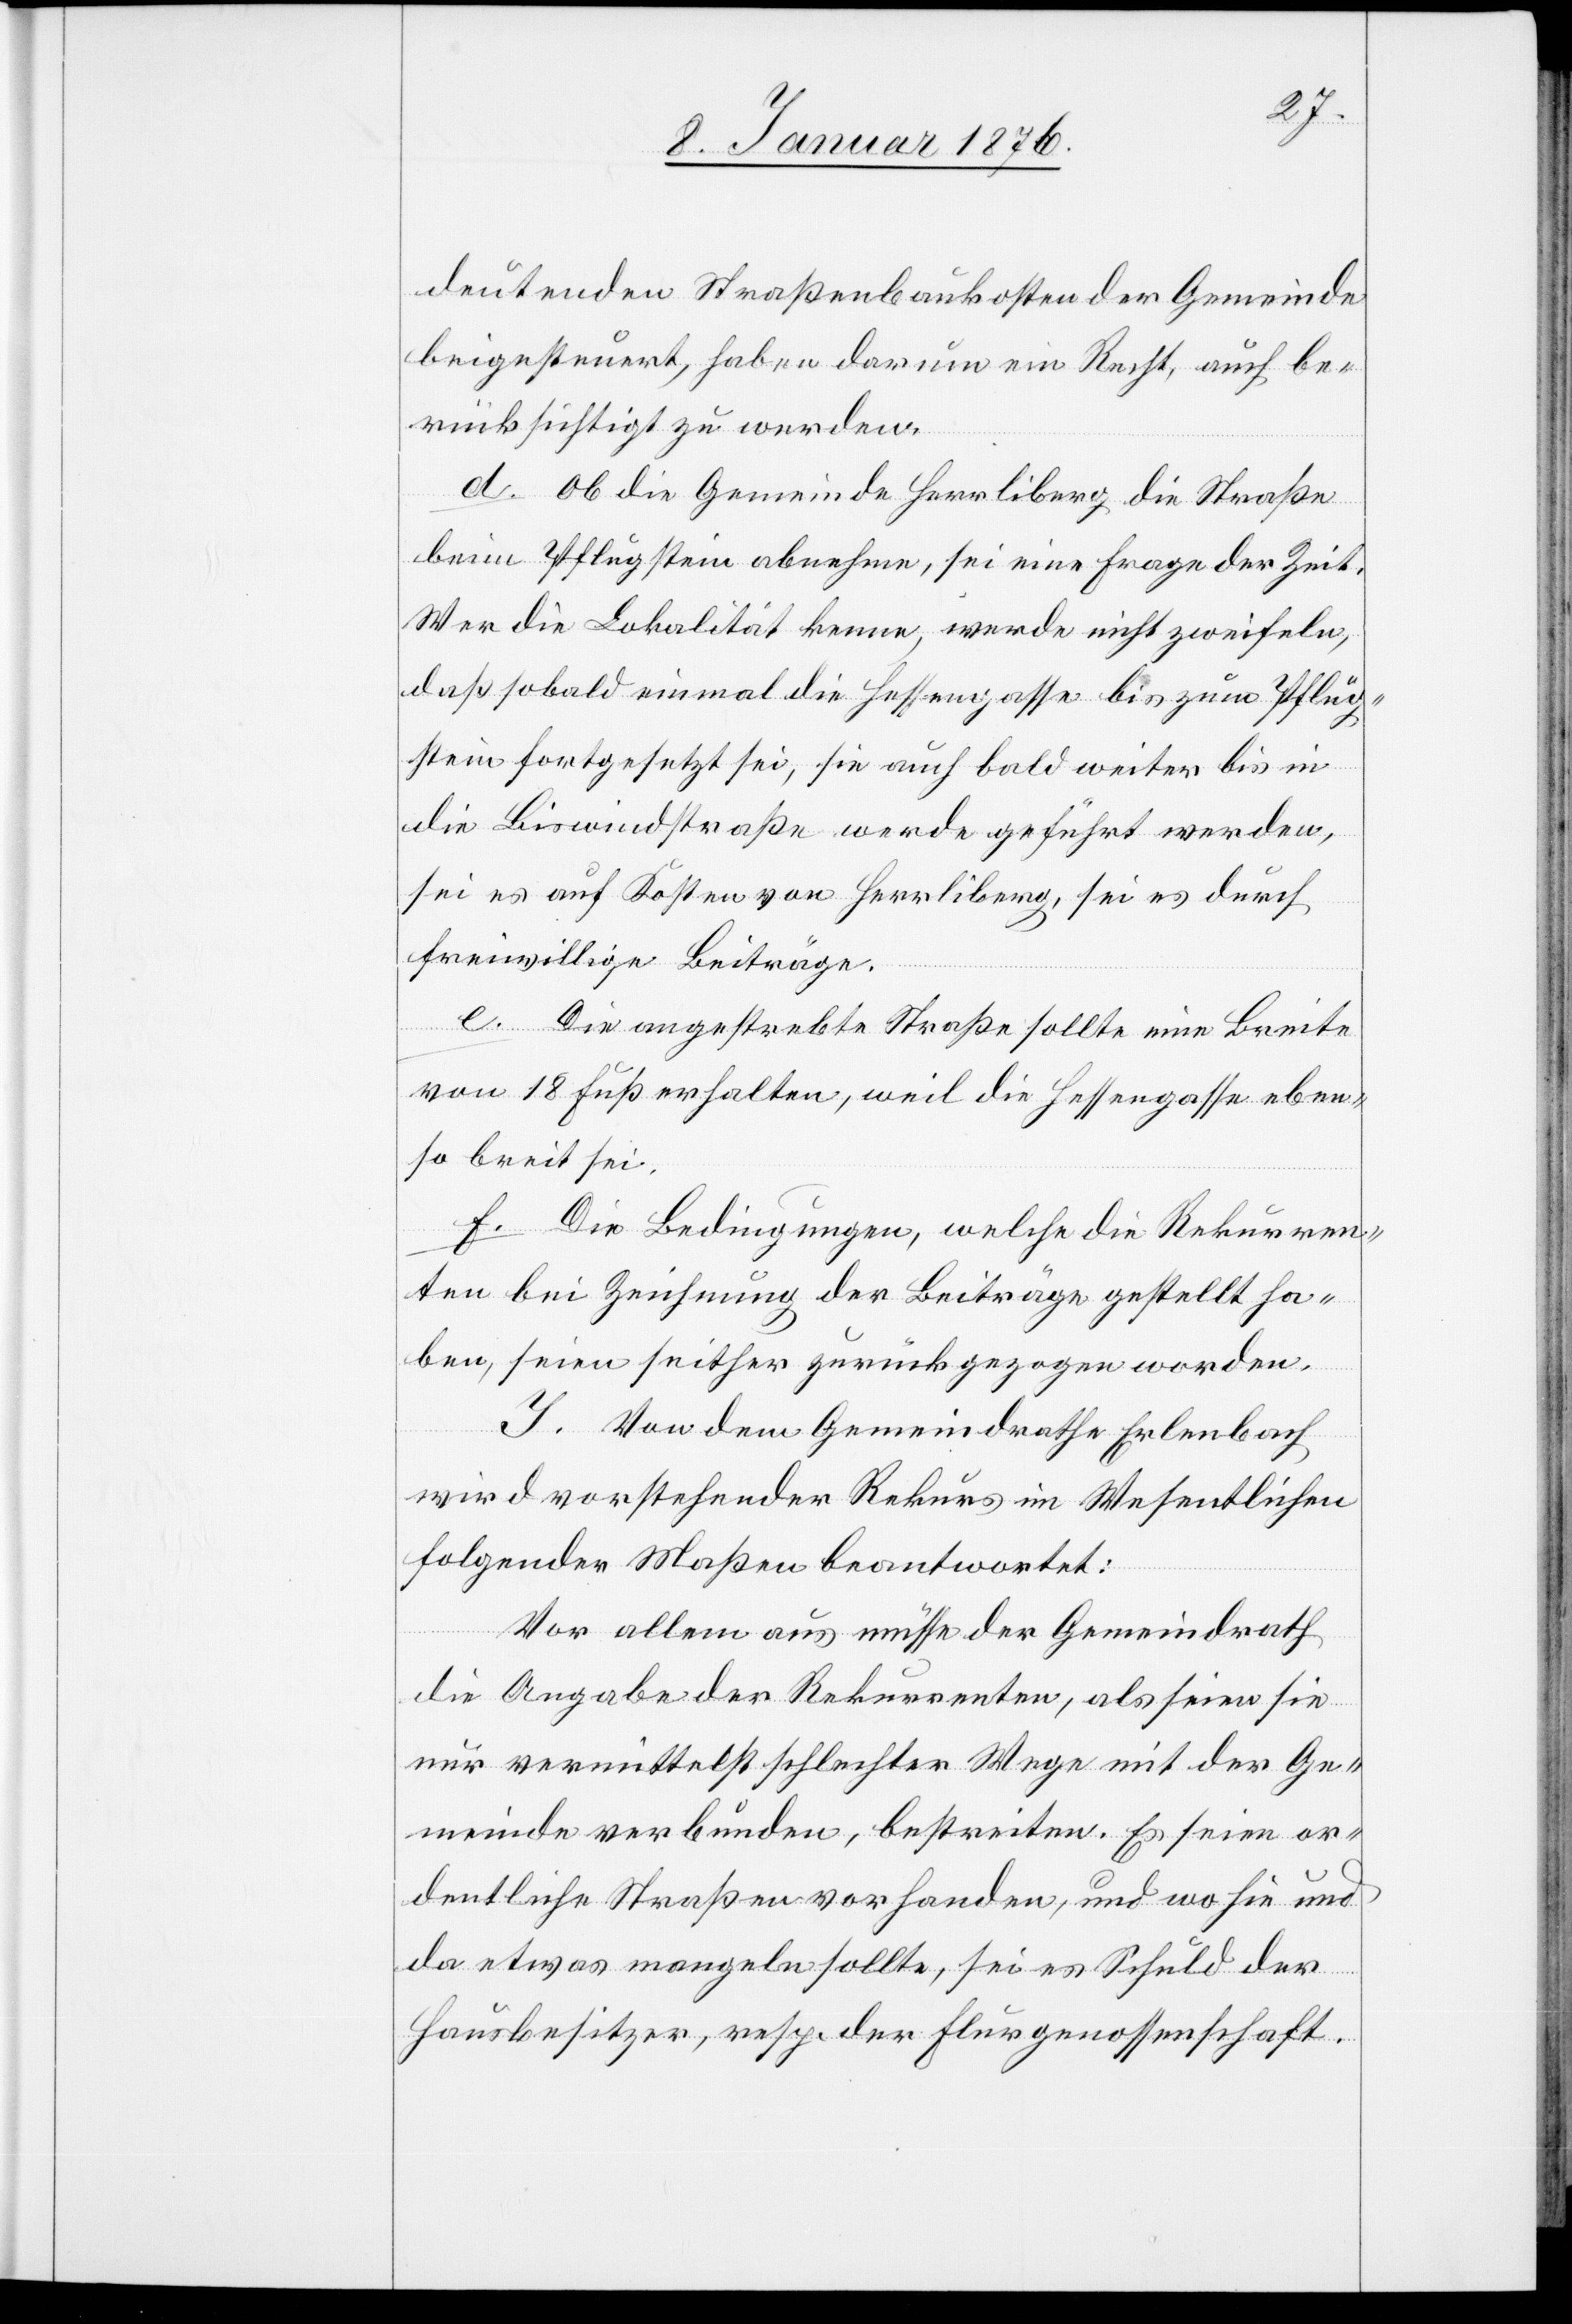
deutenden Straßenbaukosten der Gemeinde
beigesteuert, haben darum ein Recht, auch be¬
rücksichtigt zu werden.
d. Ob die Gemeinde Herrliberg die Straße
beim Pflugstein abnehme, sei eine Frage der Zeit.
Wer die Lokalität kenne, werde nicht zweifeln,
daß sobald einmal die Hessengasse bis zum Pflug¬
stein fortgesetzt sei, sie auch bald weiter bis in
die Biswindstraße werde geführt werden,
sei es auf Kosten von Herrliberg, sei es durch
freiwillige Beiträge.
e. Die angestrebte Straße sollte eine Breite
von 18 Fuß erhalten, weil die Hessengasse eben¬
so breit sei.
f. Die Bedingungen, welche die Rekurren¬
ten bei Zeichnung der Beiträge gestellt ha¬
ben, seien seither zurückgezogen worden.
I. Von dem Gemeindrathe Erlenbach
wird vorstehender Rekurs im Wesentlichen
folgender Maßen beantwortet:
Vor allem aus müsse der Gemeindrath
die Angabe der Rekurrenten, als seien sie
nur vermittelst schlechter Wege mit der Ge¬
meinde verbunden, bestreiten. Es seien or¬
dentliche Straßen vorhanden, und wo hie und
da etwas mangeln sollte, sei es Schuld der
Hausbesitzer, resp. der Flurgenossenschaft.